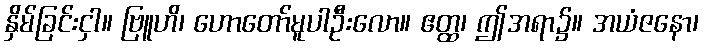
နှိမ်ခြင်းငှါ။ ဗြူဟိ၊ ဟောတော်မူပါဦးလော။ ဧတ္ထ၊ ဤအရာ၌။ အယံဇနော၊